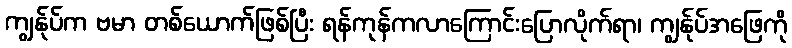
ကျွန်ုပ်က ဗမာ တစ်ယောက်ဖြစ်ပြီး ရန်ကုန်ကလာကြောင်းပြောလိုက်ရာ၊ ကျွန်ုပ်အဖြေကို